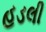
હડલી